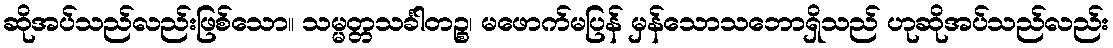
ဆိုအပ်သည်လည်းဖြစ်သော။ သမ္မတ္တသင်္ခါတဉ္စ၊ မဖောက်မပြန် မှန်သောသဘောရှိသည် ဟုဆိုအပ်သည်လည်း